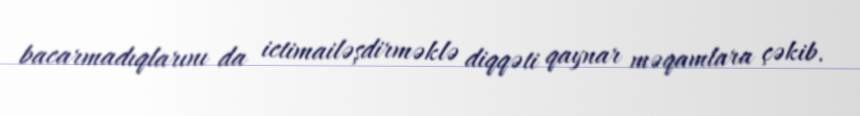
bacarmadıqlarını da ictimailəşdirməklə diqqəti qaynar məqamlara çəkib.